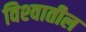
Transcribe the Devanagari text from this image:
विश्‍वातील